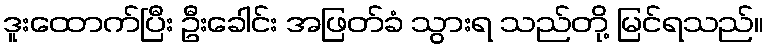
ဒူးထောက်ပြီး ဦးခေါင်း အဖြတ်ခံ သွားရ သည်တို့ မြင်ရသည်။